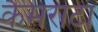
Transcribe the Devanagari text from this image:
कैमराटा